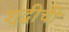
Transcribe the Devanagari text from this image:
शुद्धीची